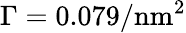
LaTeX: \Gamma=0.079/\mathrm{nm}^{2}